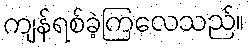
ကျန်ရစ်ခဲ့ကြလေသည်။